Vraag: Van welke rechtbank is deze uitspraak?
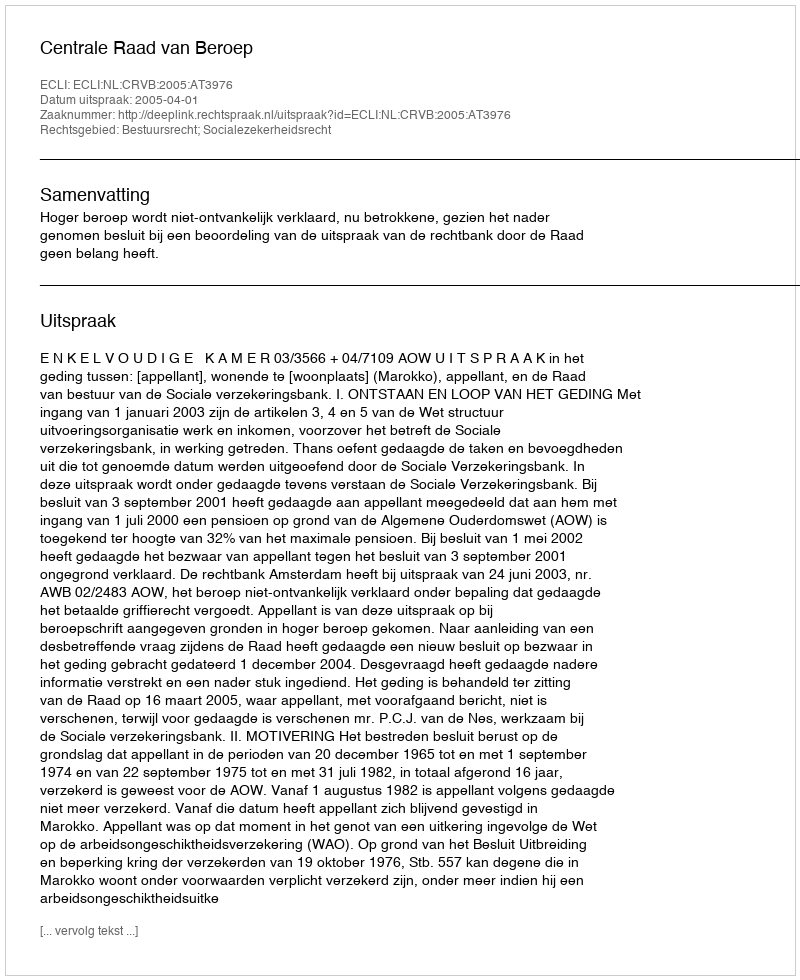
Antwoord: Centrale Raad van Beroep